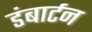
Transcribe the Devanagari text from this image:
डंबार्टन